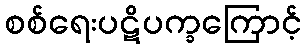
စစ်ရေးပဋိပက္ခကြောင့်